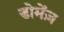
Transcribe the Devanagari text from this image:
डोमेंज़